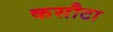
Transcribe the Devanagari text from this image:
कसौटा